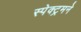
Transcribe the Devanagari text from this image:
स्पेक्ट्रमने